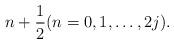
LaTeX: \begin{align*}n+\frac12 (n=0,1,\ldots,2j).\end{align*}